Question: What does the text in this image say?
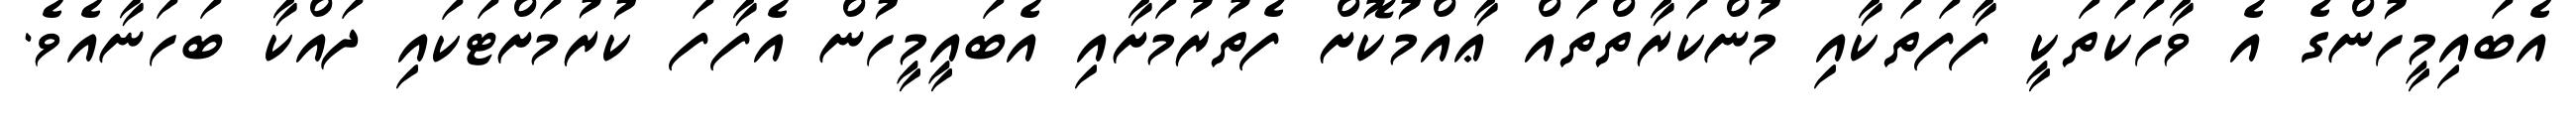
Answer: އެބައިމީހުންގެ އެ ވާހަކަތަކީ ފާފަތަކާއި މުންކަރާތްތައް ޢާއްމުކޮށް ފެތުރުމަށާއި އެބައީމީހުން އެފާފަ ކުރުމަށްޓަކައި ދައްކާ ބަހަނާއެވެ.